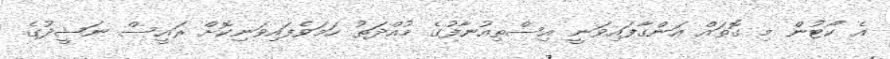
އެ ކޯޓުން މި ގޮތައް އަންގާފައިވަނީ އިސްތިއުނާފުގެ މުއްދަތު ހަމަވެފައިވަނިކޮށް ރައީސް ނަޝީދުގެ